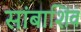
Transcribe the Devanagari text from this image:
सांबाशिव